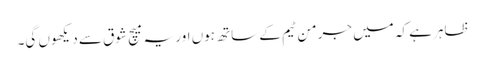
ظاہر ہے کہ میں جرمن ٹیم کے ساتھ ہوں اور یہ میچ شوق سے دیکھوں گی۔